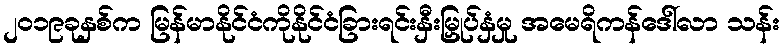
၂၀၁၉ခုနှစ်က မြန်မာနိုင်ငံကိုနိုင်ငံခြားရင်းနှီးမြှုပ်နှံမှု အမေရိကန်ဒေါ်လာ သန်း